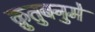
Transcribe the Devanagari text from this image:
क़ुतुबनुमे